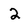
Character: 2